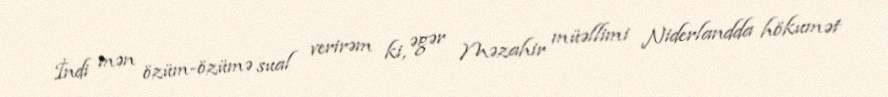
İndi mən özüm-özümə sual verirəm ki, əgər Məzahir müəllimi Niderlandda hökumət